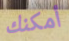
أمكنك